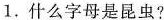
1.什么字母是昆虫?